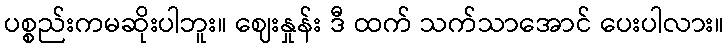
ပစ္စည်းကမဆိုးပါဘူး။ ဈေးနှုန်း ဒီ ထက် သက်သာအောင် ပေးပါလား။